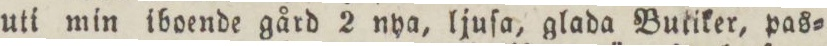
uti min iboende gård 2 nya, ljuſa, glada Butiker, pas=